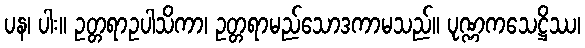
ပန၊ ပါး။ ဥတ္တရာဥပါသိကာ၊ ဥတ္တရာမည်သောဒကာမသည်။ ပုဏ္ဏကသေဋ္ဌိဿ၊